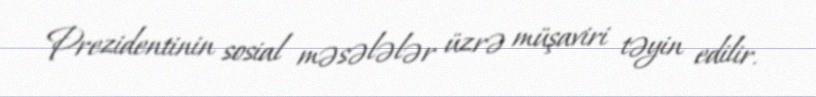
Prezidentinin sosial məsələlər üzrə müşaviri təyin edilir.